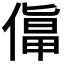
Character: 𠍬